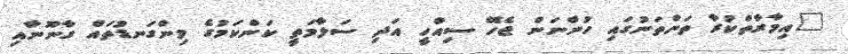
"އިމާރާތްކުރާ ތަންތަނުގައި ހުންނަން ޖެހޭ ސިއްހީ އަދި ސަލާމަތީ ކަންކަމުގެ މިންގަނޑުތައް ގާނޫނާއި